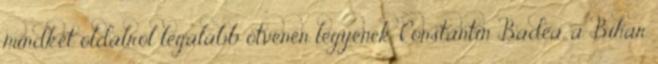
mindkét oldalról legalább ötvenen legyenek. Constantin Badea, a Bihar